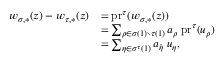
\begin{array} { r l } { w _ { \sigma , * } ( z ) - w _ { \tau , * } ( z ) } & { = \mathrm { p r } ^ { \tau } ( w _ { \sigma , * } ( z ) ) } \\ & { = \sum _ { \rho \in \sigma ( 1 ) \setminus \tau ( 1 ) } a _ { \rho } \; \mathrm { p r } ^ { \tau } ( u _ { \rho } ) } \\ & { = \sum _ { \eta \in \sigma ^ { \tau } ( 1 ) } a _ { \hat { \eta } } \; u _ { \eta } , } \end{array}